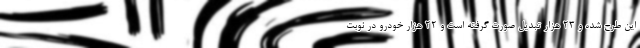
این طرح شده و ۲۳ هزار تبدیل صورت گرفته است و ۲۲ هزار خودرو در نوبت